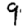
Digit: 9